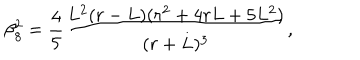
\beta _ { 8 } ^ { 2 } = \frac { 4 } { 5 } \frac { L ^ { 2 } ( r - L ) ( r ^ { 2 } + 4 r L + 5 L ^ { 2 } ) } { ( r + L ) ^ { 3 } } ,